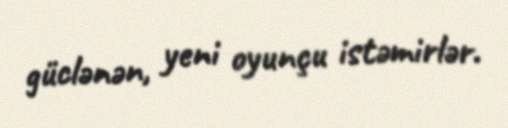
güclənən, yeni oyunçu istəmirlər.